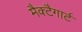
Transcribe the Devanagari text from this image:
मैक्टैगार्ट